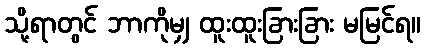
သို့ရာတွင် ဘာကိုမျှ ထူးထူးခြားခြား မမြင်ရ။